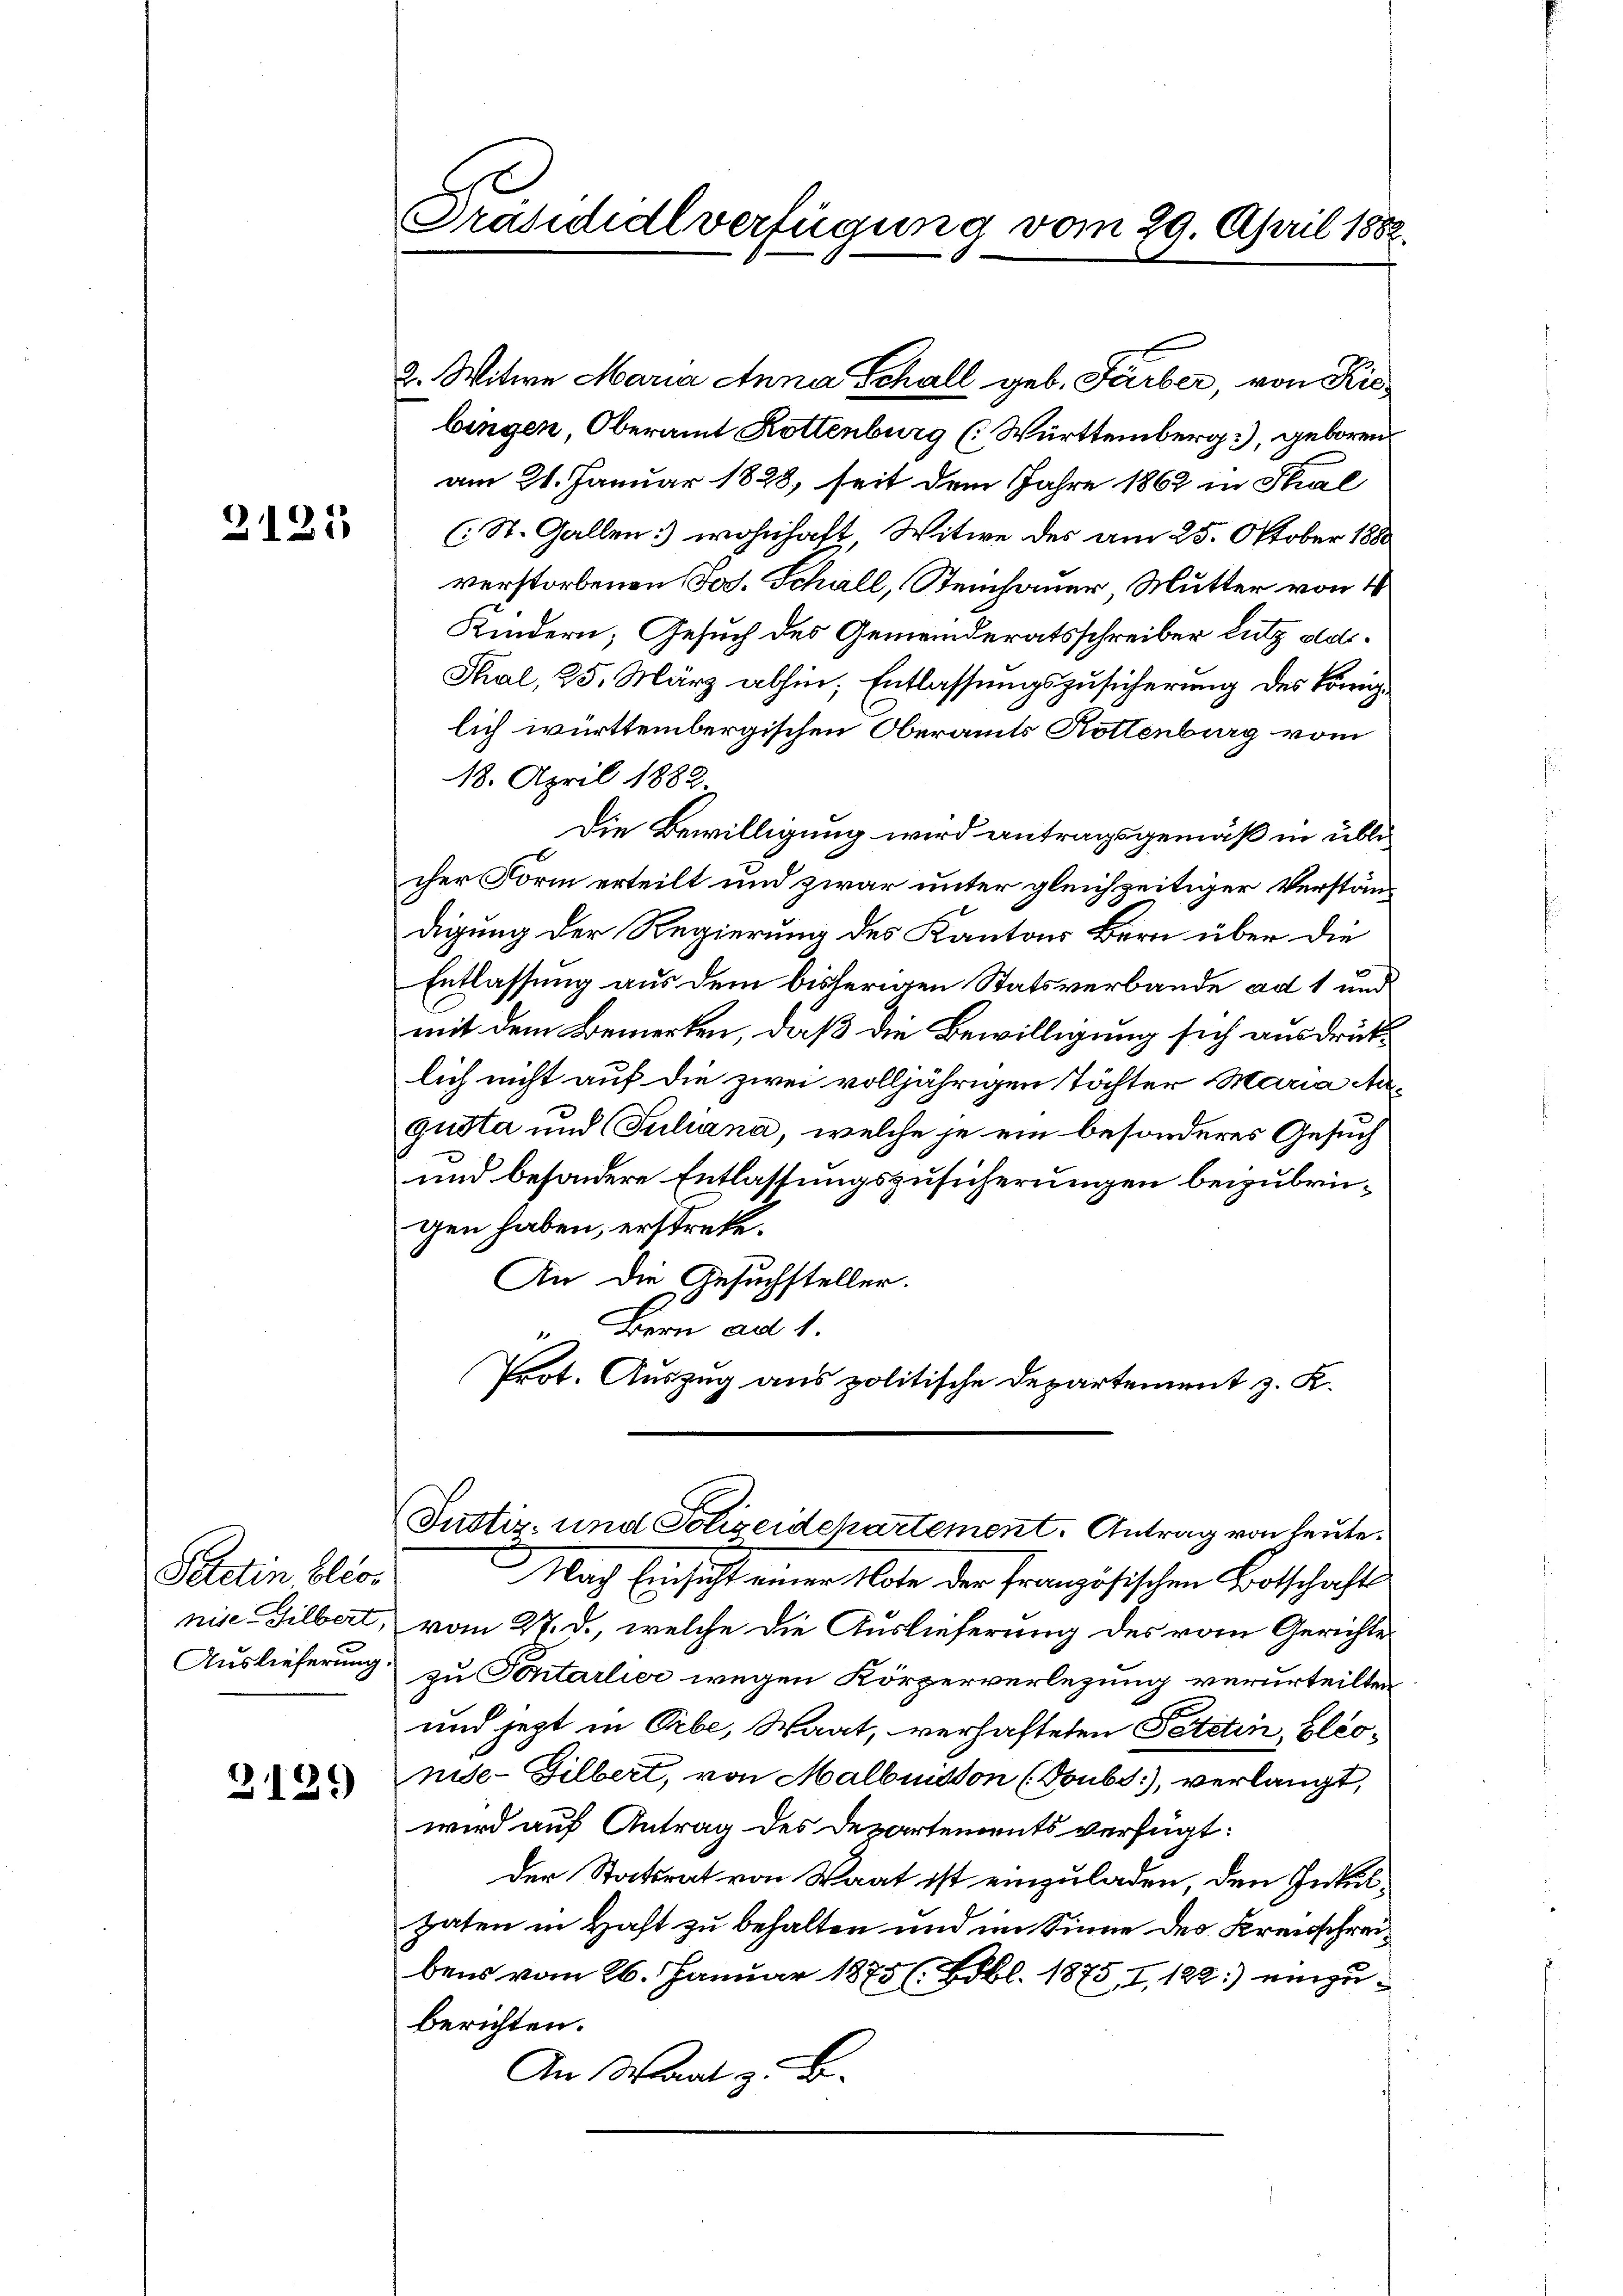
2125

Saetin blic
nise. Silbert,
Auslieferung

3139)

Präsidialverfügung vom 29. April 1882.

2. Witwe Maria Anna Schall geb. Färber, von Kisbingen, Oberamt Rottenburg (Württemberg), geboren
am 21. Januar 1828, seit dem Jahre 1862 in Stal
(St. Gallen wohnhaft Witwe des am 25. Oktober 1880
verstorbenen Jos. Schall, Steinhauer Mutter von 4
Kindern, Gesuch des Gemeinderatsschreiber Lutz doti¬
Thal, 25. März abhin, Entlassungszusicherung des Königlich württembergischen Oberamts Rottenburg vom
18. April 1882
Die Bewilligung wird antragsgemäß in üblicher Form erteilt und zwar unter gleichzeitiger Verständdigung der Regierung des Kantons Bern über die
Entlassung aus dem bisherigen Statsverbande ad 1 und
mit dem Bemerken, daß die Bewilligung sich ausdrüklich nicht auf die zwei volljährigen Töchter Maria Nagusta und (Suliana, welche je ein besonderes Gesuch
und besondere Entlassungszusicherungen beizubringen haben, erstreke.
An die Gesuchsteller.
dern ad 1.
Prot. Auszug aus politische Departement z. K.

(Justiz- und Polizeidepartement. Antrag von heute.

Nach Einsicht einer Note der französischen Botschafts
vom 27. d., welche die Auslieferung des vom Gerichte
zu Pontarlier wegen Körperverlegung verurteilten
und jetzt in Orbe, Waat, verhafteten Petitin, bléonise- Silbert, von Malbuisson (Toubs.), verlangt,
wird auf Antrag des Departements verfügt:
der Statsrat von Waat ist einzuladen, den Intelhaten in Haft zu behalten und im Sinne des Kreisschreibens vom 26. Januar 1875 ( Bbl. 1875, I, 129.) einzuberichten.
An Wart z. B.